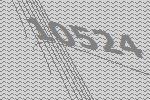
10524